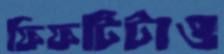
ফিফটিটাও